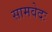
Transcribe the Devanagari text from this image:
सामवेदः